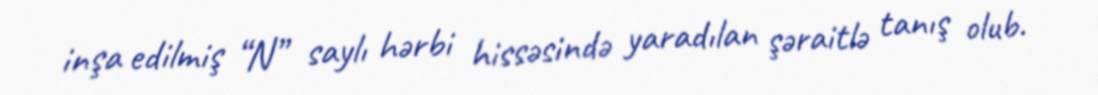
inşa edilmiş “N” saylı hərbi hissəsində yaradılan şəraitlə tanış olub.